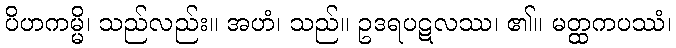
ပိဟကမ္မိ၊ သည်လည်း။ အဟံ၊ သည်။ ဥဒရပဋလဿ၊ ၏။ မတ္ထကပဿံ၊